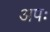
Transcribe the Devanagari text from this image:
अपः